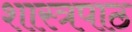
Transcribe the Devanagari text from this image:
शास्त्रपाठ